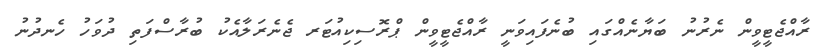
ރާއްޖެޓީވީން ނެރުނު ބަޔާނެއްގައި ބުނެފައިވަނީ ރާއްޖެޓީވީން ޕްރޮސިކިއުޓަރ ޖެނެރަލާއެކު ބުރާސްފަތި ދުވަހު ހެނދުނު